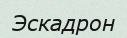
Эскадрон